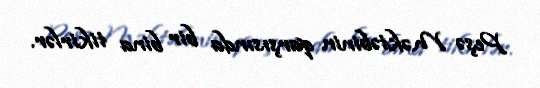
Peşə Məktəbinin qarşısında bir bina tikirlər.